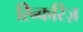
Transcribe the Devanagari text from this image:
रिन्करिज़